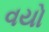
વયો